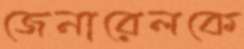
জেনারেলকে